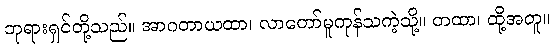
ဘုရားရှင်တို့သည်။ အာဂတာယထာ၊ လာတော်မူကုန်သကဲ့သို့။ တထာ၊ ထို့အတူ။